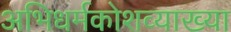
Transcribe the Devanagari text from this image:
अभिधर्मकोशव्याख्या